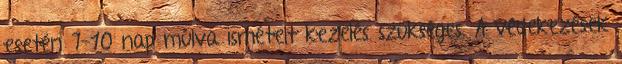
esetén 7-10 nap múlva ismételt kezelés szükséges. A védekezések